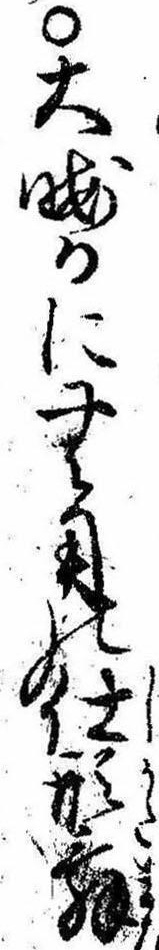
○大晦日に無用の仕形舞